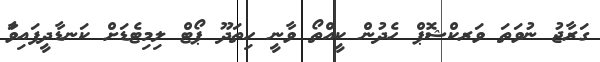
ގަރާޖު ނުވަތަ ވަރކްޝޮޕް ހެދުން ކީއްތޯ ވާނީ ހިތަދޫ ޕޯޓް ލިމިޓެޑަށް ކަނޑާދީފައިވަާ